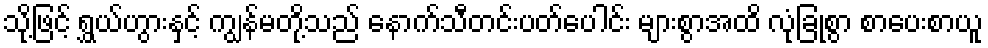
သို့ဖြင့် ရွှယ်ဟွားနှင့် ကျွန်မတို့သည် နောက်သီတင်းပတ်ပေါင်း များစွာအထိ လုံခြုံစွာ စာပေးစာယူ